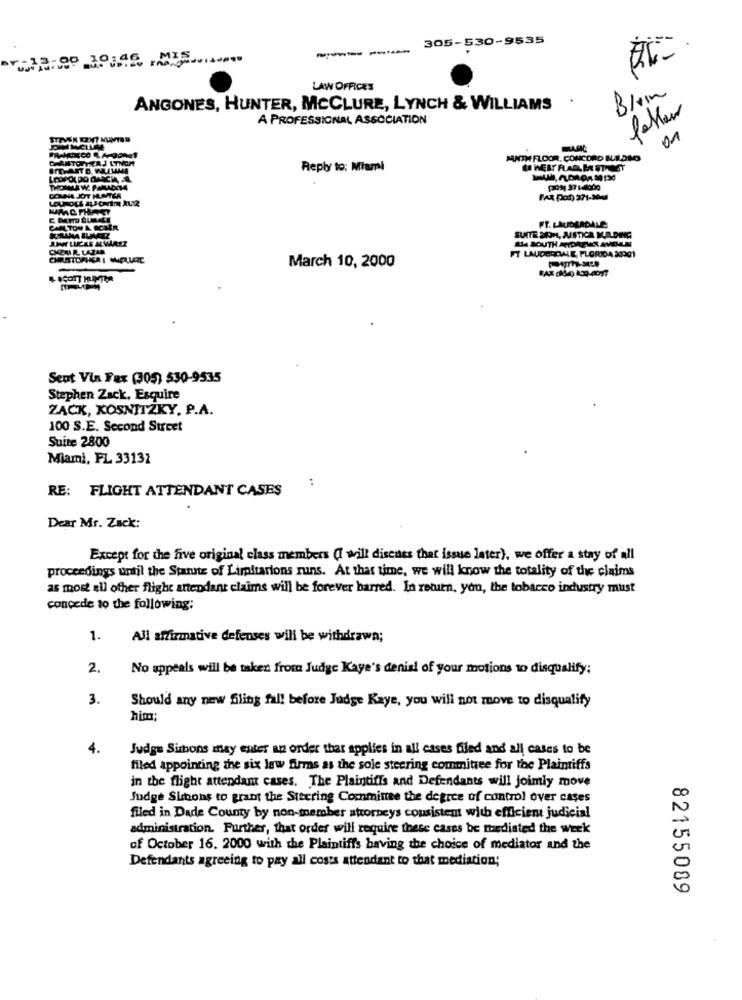
305-530-9535
-----
LAW OFFICES
ANGONES, HUNTER, MCCLURE, LYNCH & WILLIAMS .
A PROFESSIONAL ASSOCIATION
ATOMTER J LTNOR
MATH FLOOR, CONCORD BUILDING
Reply to: Miami
POLDO MACKA
FAX Pod 371-30
FT. LAUDERDALE
JUWWW LUCES ALVAREZ
SUITE SOM, JUSTICE KOLDING
the SOUTH ANDREWS ANDHALM
CHERI R. LAZAR
FT LAUDERDALE, FLORIDA 20201
March 10, 2000
Sent Via Fax (305) 530-9535
Stephen Zack, Esquire
ŻAĆK, KOSNITZKY. P.A.
100 S.E. Second Street
Suite 2800
Miami, FL 33131
:
RE: FLIGHT ATTENDANT CASES
Dear Mr. Zack:
Except for the five original class members (I will discuss that issue later), we offer a stay of all
proceedings until the Statute of Limitarions runs. At that time, we will know the totality of the claims
as most all ofher flight attendant claims will be forever barred. In return, you, the tobacco industry must
concede to the following;
1.
All affirmative defenses will be withdrawn;
2.
No appeals will be taken from Judge Kaye's denial of your motions to disqualify;
3.
Should any new filing fal! before Judge Kaye, you will not move to disqualify
him;
4.
Judge Sirbons may enter an order that applies in all cases filed and all cases to be
filed appointing the six law firms as the sole steering committee for the Plaintiffs
in the flight attendant cases. The Plaintiffs and Defendants will joimiy move
Judge Subons to grant the Steering Committee the degree of control over cases
filed in Dade County by non-member attorneys consistent with efficient judicial
administration. Further, that order will require these cases be mediated the week
of October 16. 2000 with the Plaintiffs having the choice of mediator and the
Defendants agreeing to pay all costs attendant to that mediation;
82155089